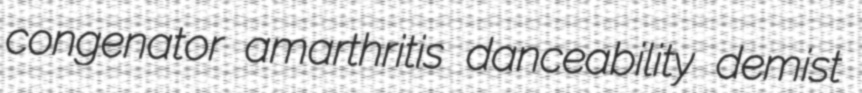
congenator amarthritis danceability demist